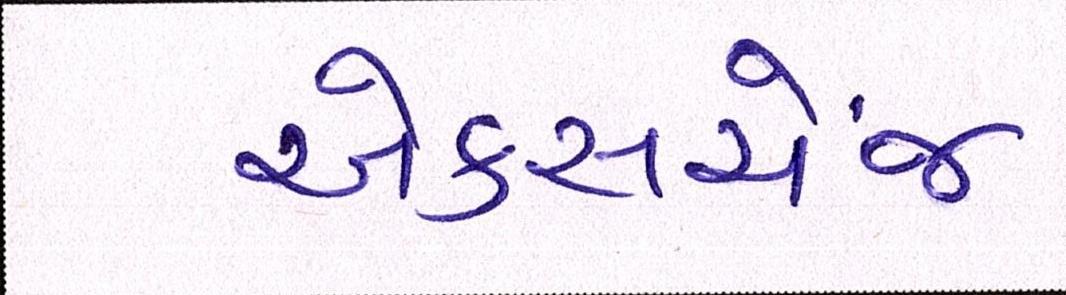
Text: એક્સચેંજ